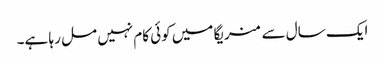
ایک سال سے منریگا میں کوئی کام نہیں مل رہا ہے۔